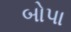
બોપા